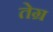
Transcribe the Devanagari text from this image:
तेग्र